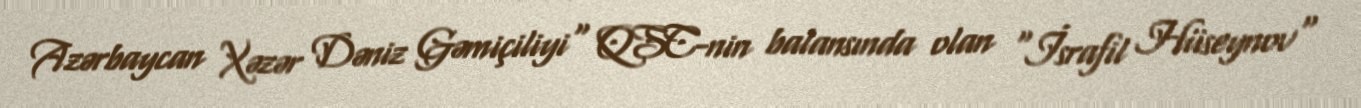
Azərbaycan Xəzər Dəniz Gəmiçiliyi" QSC-nin balansında olan "İsrafil Hüseynov"